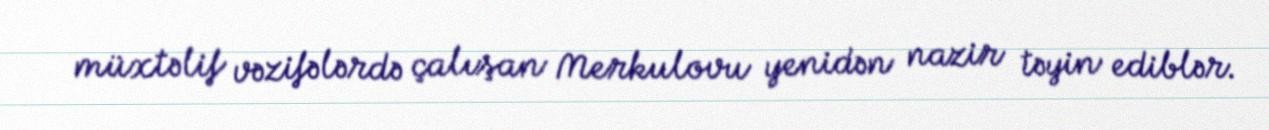
müxtəlif vəzifələrdə çalışan Merkulovu yenidən nazir təyin ediblər.